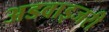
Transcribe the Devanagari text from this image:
अडवाइजरी